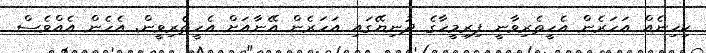
ކިހިނެއް އަހަރެން އެހީތެރިވާނީ ފިރިމީހާގެ ދުނިޔޭގައި އަހަރެން އޭނާއަށް އެހީތެރިވީން. އެހެން އެއްވެސް